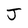
Character: J